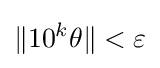
\|10^{k}\theta \|<\varepsilon